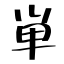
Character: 単